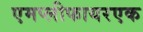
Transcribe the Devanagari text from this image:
एमप्लीफायरएक